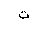
Letter: _tha